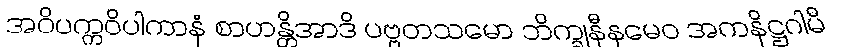
အဝိပက္ကဝိပါကာနံ စာဟန္တိအာဒိ ပဗ္ဗတသမော ဘိက္ခုနီနမေဝ အကနိဋ္ဌဂါမီ